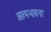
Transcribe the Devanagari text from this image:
आत्मभावना